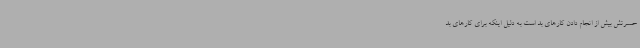
حسرتش بیش از انجام دادن کارهای بد است به دلیل اینکه برای کارهای بد